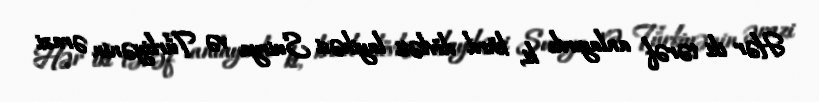
Hər iki tərəf anlayırdı ki, kürd dövləti layihəsi Suirya və Türkiyənin ərazi